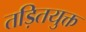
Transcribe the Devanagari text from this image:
तड़ितयुक्त